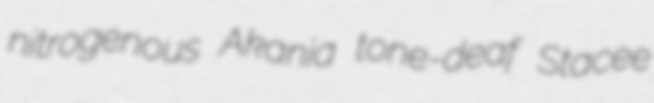
nitrogenous Akania tone-deaf Stacee